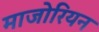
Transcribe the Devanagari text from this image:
माजोरियन